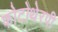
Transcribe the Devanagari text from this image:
फोटोथेरपी